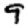
Digit: 9